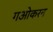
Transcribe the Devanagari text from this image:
गओकरन